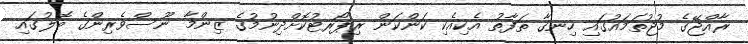
ރާއްޖޭގެ މުޖުތަމައުގައި ހިނގާ ތަފާތު އެކިއެކި ކަންކަން ރިޕޯރޓުކޮށްދިނުމުގެ ޒިންމާ ނޫސްވެރިންގެ ބޮލުގައި